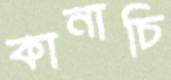
কানাচি